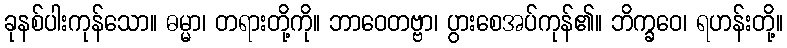
ခုနစ်ပါးကုန်သော။ ဓမ္မာ၊ တရားတို့ကို။ ဘာဝေတဗ္ဗာ၊ ပွားစေအပ်ကုန်၏။ ဘိက္ခဝေ၊ ရဟန်းတို့။